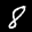
Label: 8